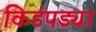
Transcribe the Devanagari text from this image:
किडंपड्या